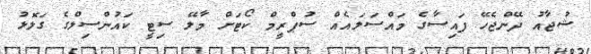
ޝުޖާއު ދޭންޖެހޭ ފައިސާގެ މައްސަލައެއް ސުޕްރީމް ކޯޓަށް މާލޭ ސިޓީ ކައުންސިލްގެ ގަލޮޅު